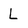
Character: L